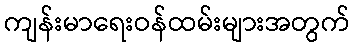
ကျန်းမာရေးဝန်ထမ်းများအတွက်